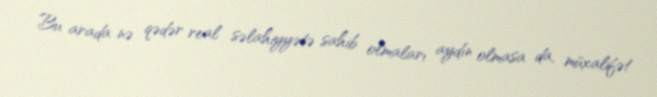
Bu arada nə qədər real səlahiyyətə sahib olmaları aydın olmasa da, müxalifət